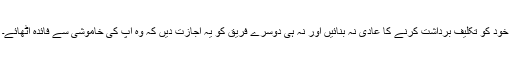
خود کو تکلیف برداشت کرنے کا عادی نہ بنائیں اور نہ ہی دوسرے فریق کو یہ اجازت دیں کہ وہ آپ کی خاموشی سے فائدہ اٹھائے۔